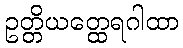
ဥတ္တိယတ္ထေရဂါထာ